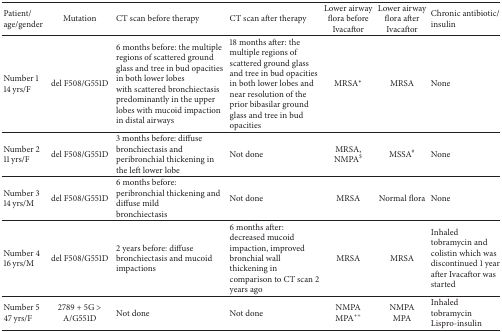
<table><thead><tr><td><b>Patient/age/gender</b></td><td><b>Mutation </b></td><td><b>CT scan before therapy </b></td><td><b>CT scan after therapy </b></td><td><b>Lower airway flora before Ivacaftor </b></td><td><b>Lower airway flora after Ivacaftor </b></td><td><b>Chronic antibiotic/insulin</b></td></tr></thead><tbody><tr><td>Number 1 14 yrs/F</td><td>del F508/G551D </td><td>6 months before: the multiple regions of scattered ground glass and tree in bud opacities in both lower lobeswith scattered bronchiectasis predominantly in the upper lobes with mucoid impaction in distal airways </td><td>18 months after: the multiple regions of scattered ground glass and tree in bud opacities in both lower lobes andnear resolution of the prior bibasilar ground glass and tree in bud opacities</td><td>MRSA∗</td><td>MRSA</td><td>None</td></tr><tr><td>Number 2 11 yrs/F</td><td>del F508/G551D </td><td>3 months before: diffuse bronchiectasis and peribronchial thickening in the left lower lobe </td><td>Not done </td><td>MRSA, NMPA<sup>$</sup></td><td>MSSA<sup>#</sup></td><td>None</td></tr><tr><td>Number 3 14 yrs/M</td><td>del F508/G551D </td><td>6 months before: peribronchial thickening and diffuse mild bronchiectasis </td><td>Not done </td><td>MRSA</td><td>Normal flora</td><td>None</td></tr><tr><td>Number 4 16 yrs/M</td><td>del F508/G551D </td><td>2 years before: diffuse bronchiectasis and mucoid impactions </td><td>6 months after: decreased mucoid impaction, improved bronchial wall thickening in comparison to CT scan 2 years ago </td><td>MRSA</td><td>MRSA</td><td>Inhaled tobramycin and colistin which was discontinued 1 year after Ivacaftor was started</td></tr><tr><td>Number 5 47 yrs/F</td><td>2789 + 5G &gt; A/G551D</td><td>Not done</td><td>Not done </td><td>NMPAMPA<sup>++</sup></td><td>NMPAMPA</td><td>Inhaled tobramycin Lispro-insulin</td></tr></tbody></table>